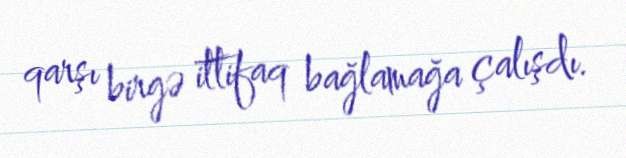
qarşı birgə ittifaq bağlamağa çalışdı.